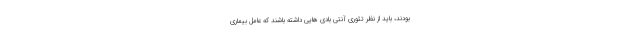
بودند، باید از نظر تئوری آنتی بادی هایی داشته باشند که عامل بیماری